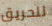
للحريق